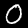
Digit: 0